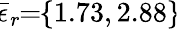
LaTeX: \! \overline{{\epsilon}}_{r}\! \! =\! \! \{ 1.73,2.88\} \!